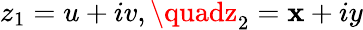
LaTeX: z_{1}=u+iv,\quadz_{2}=\mathbf{x}+iy